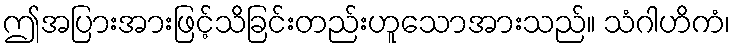
ဤအပြားအားဖြင့်သိခြင်းတည်းဟူသောအားသည်။ သံဂါဟိကံ၊